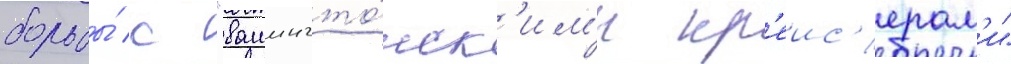
борьбы́ с "вашингто́нск'им'и кр'еис'ерам'и"